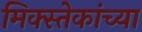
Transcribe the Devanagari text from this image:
मिक्स्तेकांच्या